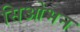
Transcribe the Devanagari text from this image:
सिओभन